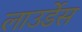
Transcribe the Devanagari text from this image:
लाउर्डेस